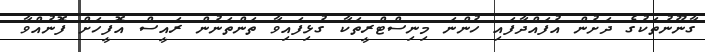
ގާނޫނުތަކުގެ ދަށުން އުފައްދާފައި ހުންނަ މިނިސްޓްރީތަކާ ގުޅިފައިވާ ތަންތަނުން ރައީސް އޮފީހަށް ފޮނުއްވާ